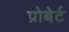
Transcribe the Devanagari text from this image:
प्रोबेर्ट